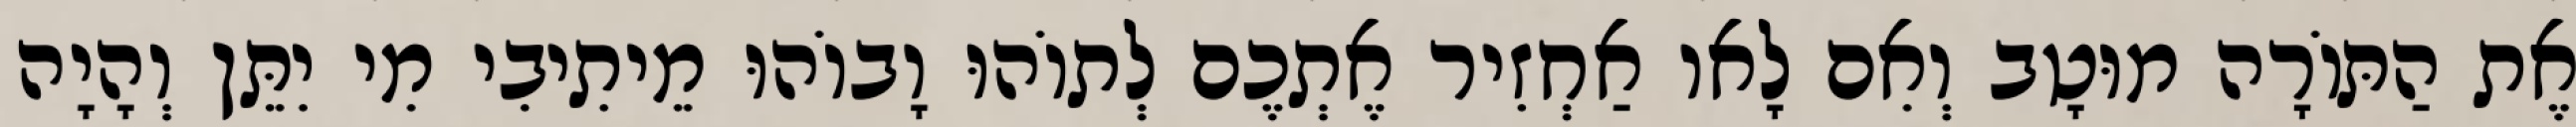
אֶת הַתּוֹרָה מוּטָב וְאִם לָאו אַחְזִיר אֶתְכֶם לְתוֹהוּ וָבוֹהוּ מֵיתִיבִי מִי יִתֵּן וְהָיָה